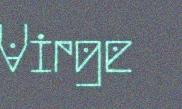
Virge